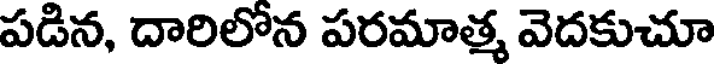
పడిన, దారిలోన పరమాత్మ వెదకుచూ